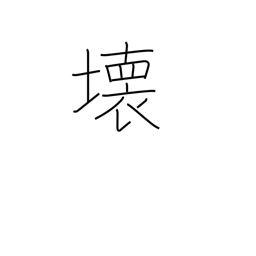
Meaning: demolition